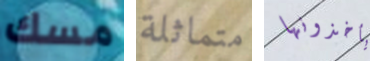
مسك متماثلة يأخذونها